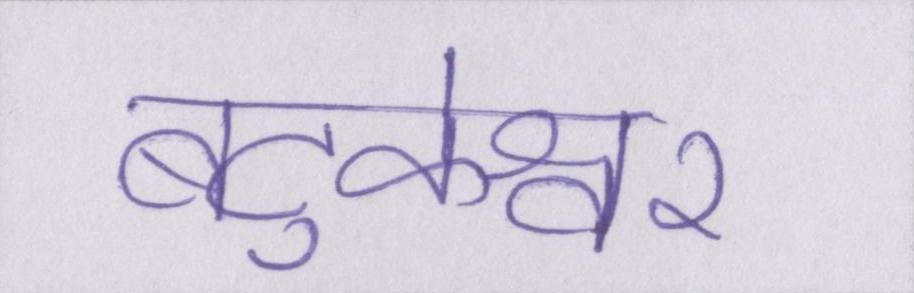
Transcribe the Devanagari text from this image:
बटुकेश्वर